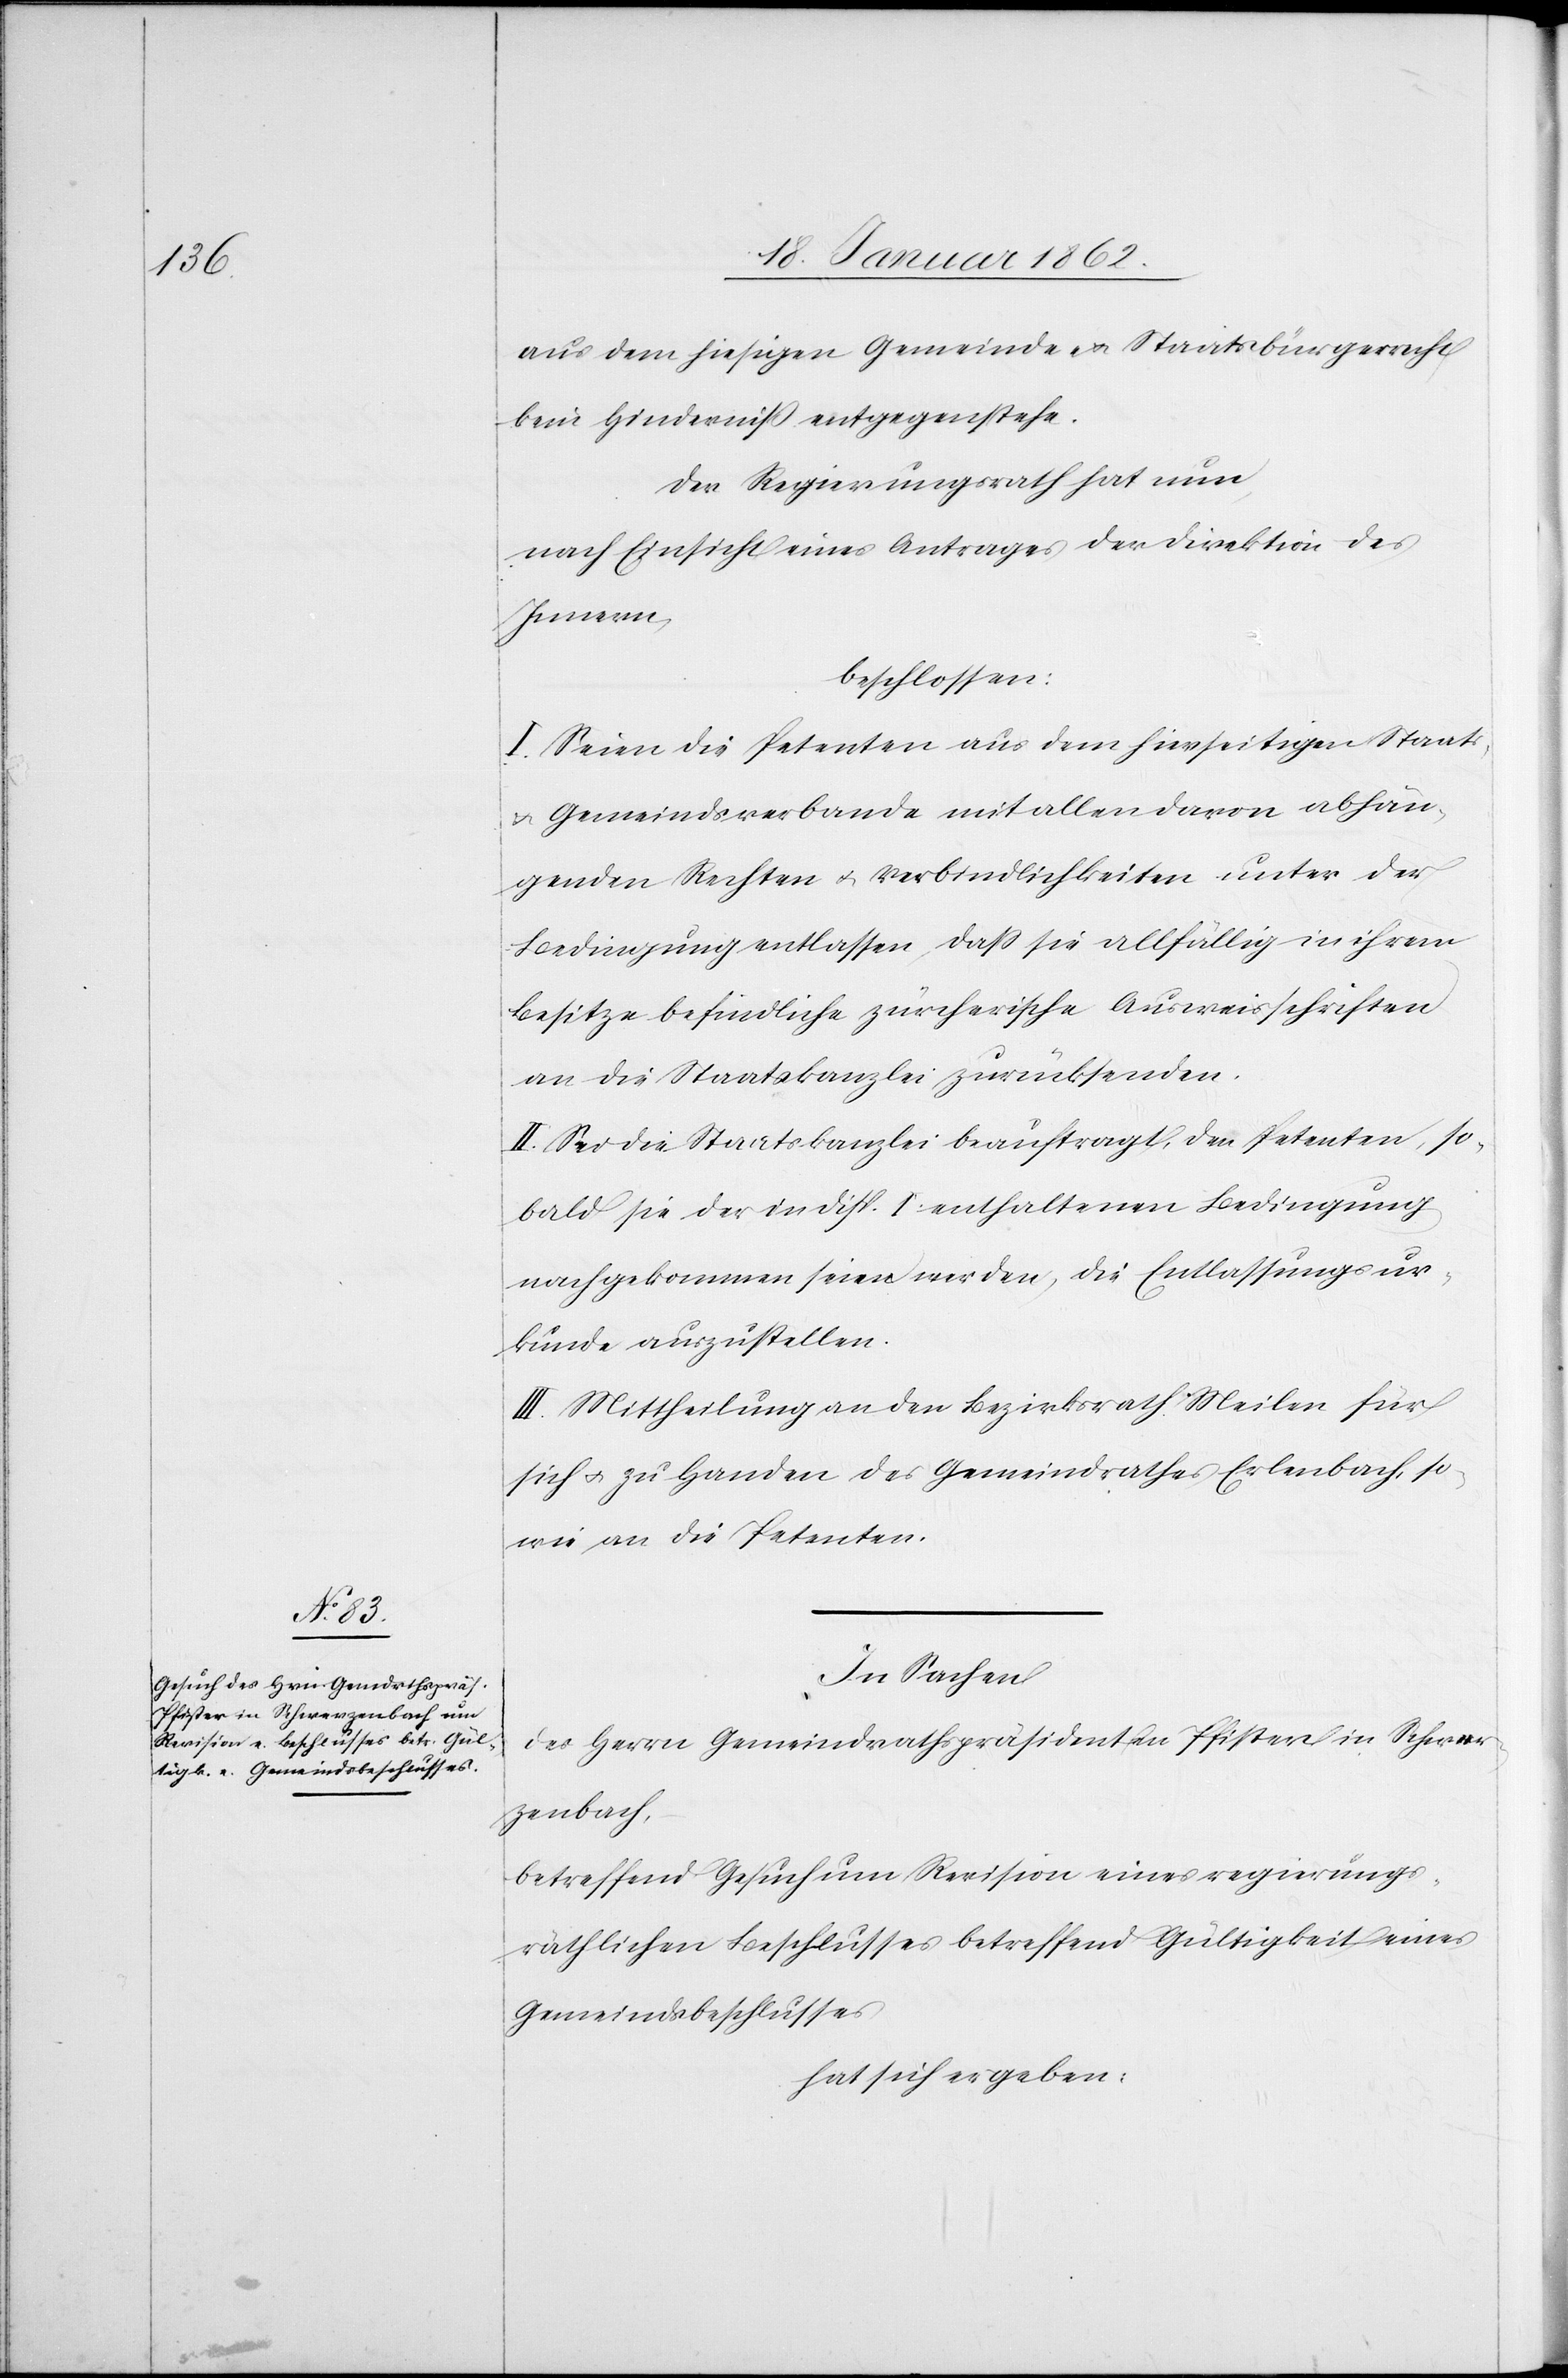
aus dem hiesigen Gemeinde- u. Staatsbürgerrecht
kein Hinderniß entgegenstehe.
Der Regierungsrath hat nun,
nach Einsicht eines Antrages der Direktion des
Innern,
beschlossen:
I. Seien die Petenten aus dem hierseitigen Staats-
Gemeindsverbande mit allen davon abhän¬
genden Rechten u. Verbindlichkeiten unter der
Bedingung entlassen, daß sie allfällig in ihrem
Besitze befindliche zürcherische Ausweisschriften
an die Staatskanzlei zurücksenden.
II. Sei die Staatskanzlei beauftragt, den Petenten, so¬
bald sie der in Disp. I. enthaltenen Bedingung
nachgekommen seien [sic!] werden, die Entlassungsur¬
kunde auszustellen.
III. Mittheilung an den Bezirksrath Meilen für
sich u. zu Handen des Gemeindrathes Erlenbach so¬
wie an die Petenten.
In Sachen
des Herrn Gemeindrathspräsidenten Pfister in Schwer¬
zenbach,
betreffend Gesuch um Revision eines regierungs¬
räthlichen Beschlusses betreffend Gültigkeit eines
Gemeindsbeschlusses
hat sich ergeben: